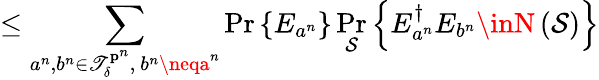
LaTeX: \leq\sum_{a^{n},b^{n}\in\mathscr{T}_{\delta}^{\mathbf{{p}}^{n}},\ b^{n}\neqa^{n}}\operatorname*{Pr}\left\{ E_{a^{n}}\right\} \operatorname*{Pr}_{\mathcal{{S}}}\left\{ E_{a^{n}}^{\dagger}E_{b^{n}}\inN\left({\mathcal{{S}}}\right)\right\}